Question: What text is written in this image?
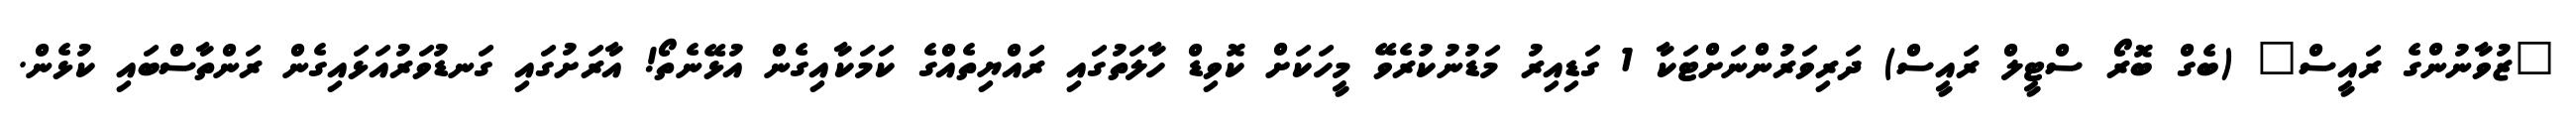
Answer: "ޒުވާނުންގެ ރައީސް" (ބެގް ބޮރޯ ސްޓީލް ރައީސް) ދަރިވަރުންނަށްޓަކާ 1 ގަޑިއިރު މަޑުނުކުރެވޭ މީހަކަށް ކޮވިޑް ހާލަތުގައި ރައްޔިތެއްގެ ކަމަކާއިގެން އުޅޭނެތޯ! އާރަށުގައި ގަނޑުވަރުއަޅައިގެން ރަންތާސްބައި ކުޅެން.